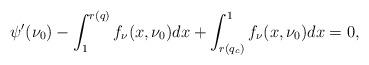
LaTeX: \begin{align*}\psi'(\nu_0)-\int^{r(q)}_1f_\nu(x,\nu_0)dx+\int_{r(q_c)}^1f_\nu(x,\nu_0)dx=0,\end{align*}